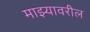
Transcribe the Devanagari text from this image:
माझ्यावरील